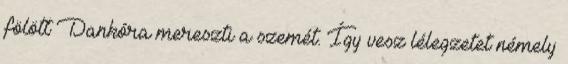
fölött Dankóra mereszti a szemét. Így vesz lélegzetet némely